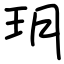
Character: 玥